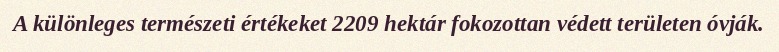
A különleges természeti értékeket 2209 hektár fokozottan védett területen óvják.